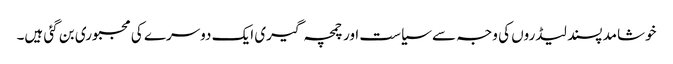
خوشامد پسند لیڈروں کی وجہ سے سیاست اور چمچہ گیری ایک دوسرے کی مجبوری بن گئی ہیں۔